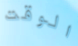
الوقت